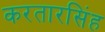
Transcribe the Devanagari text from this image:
करतारसिंह